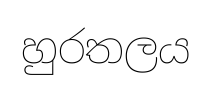
හුරතලය